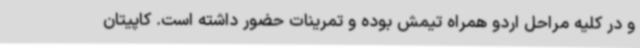
و در کلیه مراحل اردو همراه تیمش بوده و تمرینات حضور داشته است. کاپیتان